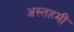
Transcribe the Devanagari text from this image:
अस्तहमीं